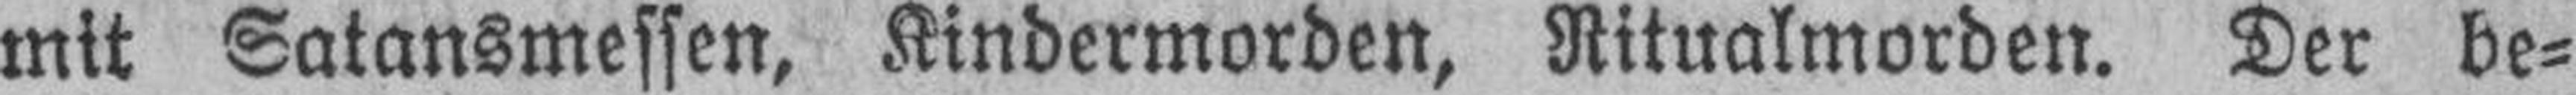
mit Satansmessen, Kindermorden, Ritualmorden. Der be¬